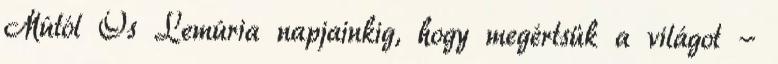
Mútól Ős Lemúria napjainkig, hogy megértsük a világot -